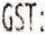
GST: